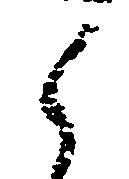
候